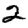
Digit: 2